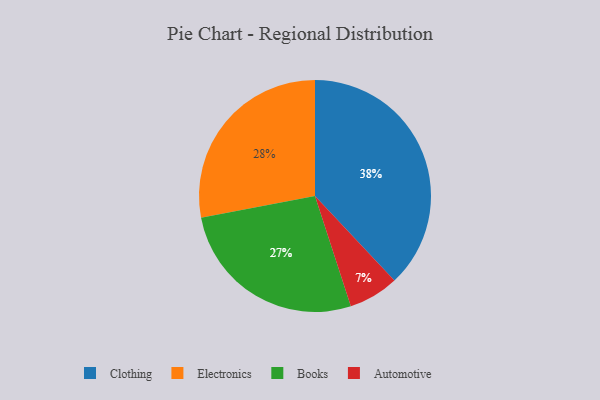
{"axis": {"x": "Category", "y": "Percentage"}, "legend": ["Automotive", "Books", "Clothing", "Electronics"], "data": [{"x": "Electronics", "y": 28, "type": "Electronics"}, {"x": "Clothing", "y": 38, "type": "Clothing"}, {"x": "Automotive", "y": 7, "type": "Automotive"}, {"x": "Books", "y": 27, "type": "Books"}]}